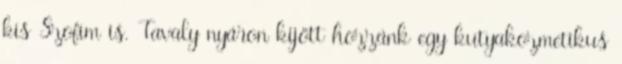
kis Szofim is. Tavaly nyáron kijött hozzánk egy kutyakozmetikus